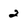
Character: 2